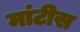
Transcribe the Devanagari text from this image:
मांटीस